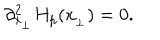
\partial _ { x _ { _ \perp } } ^ { 2 } H _ { p } ( x _ { _ \perp } ) = 0 .